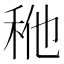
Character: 𰨢